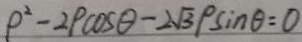
\rho ^ { 2 } - 2 p \cos \theta - 2 \sqrt { 3 } P \sin \theta = 0